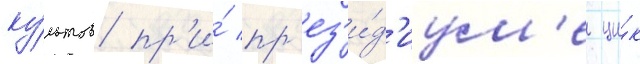
ку́льтов пр'и́ пр'ез'и́д'иум'е ци́к